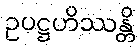
ဥပဋ္ဌဟိဿန္တိ